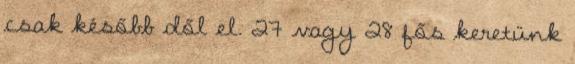
csak később dől el. 27 vagy 28 fős keretünk